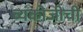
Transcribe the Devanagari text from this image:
व्यंकोजीची